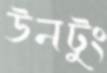
উনটুং